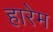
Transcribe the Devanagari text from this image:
हारेम